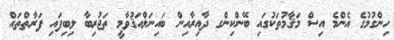
ހިންގުމުގެ އެންމެ އިސް މަޤާމުތަކުގައި ބޭންކިންގ ދާއިރާއިން ބައިނަލްއަޤުވާމީ ތަޖުރިބާ ލިބިފައި ފަރާތްތައް